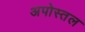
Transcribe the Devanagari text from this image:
अपोस्तल